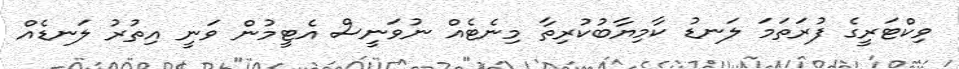
ވިކްޓަރީގެ ފުރަތަމަ ލަނޑު ކާމިޔާބުކުރިތާ މިނެޓެއް ނުވަނީސް އެޓީމުން ވަނީ އިތުރު ލަނޑެއް